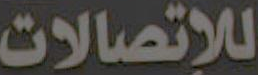
للإتصالات